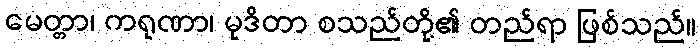
မေတ္တာ၊ ကရုဏာ၊ မုဒိတာ စသည်တို့၏ တည်ရာ ဖြစ်သည်။